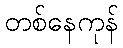
တစ်နေကုန်